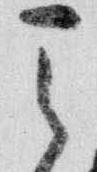
天